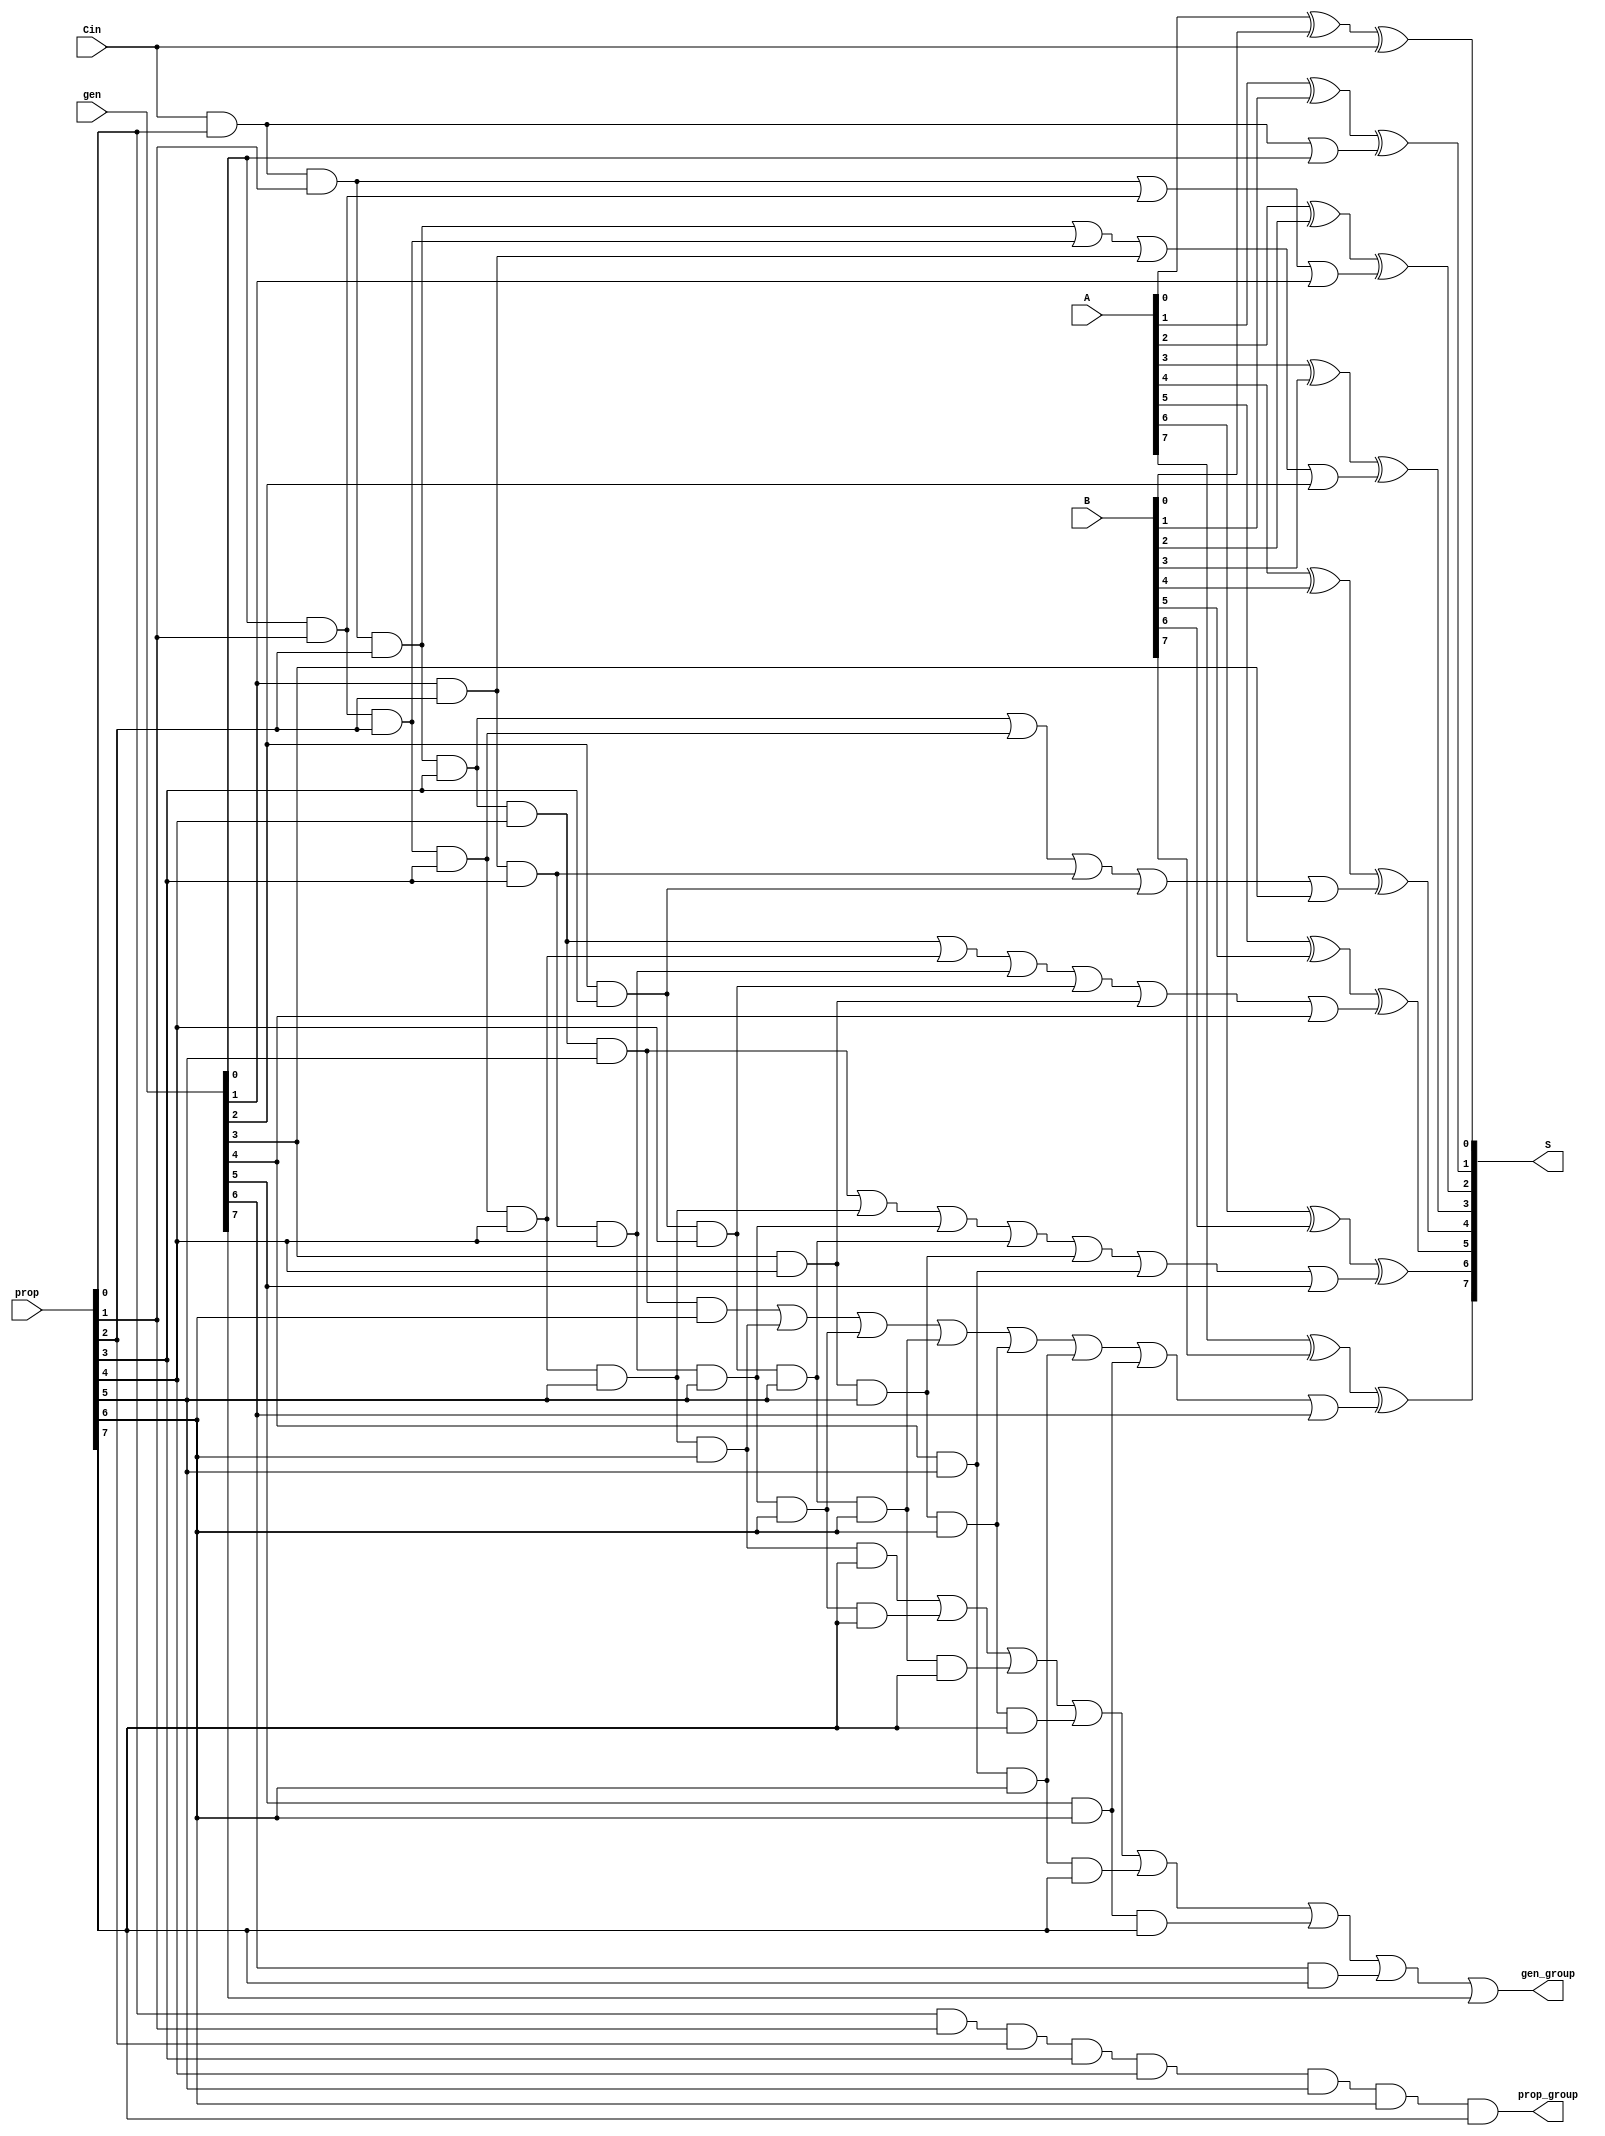
//Delete the carry out
module CLA_8(
    input [7:0]A, 
    input [7:0] B, 
    input Cin,
    input [7:0] gen, 
    input [7:0] prop, 
    output [7:0] S,
    output prop_group,
    output gen_group
);
    
    wire [8:0] carries;
    assign carries[0] = Cin;

    //============
    // XOR Gates
    //============

    genvar c;
    generate
        for(c=0; c<8; c = c+1)begin
            xor fa(S[c], A[c], B[c], carries[c]);
        end
    endgenerate

    //========
    // Carries
    //========

    //Carry 1
    wire w1;
    and and_1_1(w1, carries[0], prop[0]);
    or or_1(carries[1], w1, gen[0]);

    //Carry 2
    wire w2, w3;
    and and_2_1(w2, carries[0], prop[0], prop[1]);
    and and_2_2(w3, gen[0], prop[1]);
    or or_2(carries[2], w2, w3, gen[1]);

    //Carry 3
    wire w4, w5, w6;
    and and_3_1(w4, carries[0], prop[0], prop[1], prop[2]);
    and and_3_2(w5, gen[0], prop[1], prop[2]);
    and and_3_3(w6, gen[1], prop[2]);
    or or_3(carries[3], w4,w5,w6, gen[2]);

    //Carry 4 
    wire w7, w8, w9, w10;
    and and_4_1(w7, carries[0], prop[0], prop[1], prop[2], prop[3]);
    and and_4_2(w8, gen[0], prop[1], prop[2], prop[3]);
    and and_4_3(w9, gen[1], prop[2], prop[3]);
    and and_4_4(w10, gen[2], prop[3]);
    or or_4(carries[4], w7, w8, w9, w10, gen[3]);

    //Carry 5
    wire w11, w12, w13, w14, w15;
    and and_5_1(w11, carries[0], prop[0], prop[1], prop[2], prop[3], prop[4]);
    and and_5_2(w12, gen[0], prop[1], prop[2], prop[3], prop[4]);
    and and_5_3(w13, gen[1], prop[2], prop[3], prop[4]);
    and and_5_4(w14, gen[2], prop[3], prop[4]);
    and and_5_5(w15, gen[3], prop[4]);
    or or_5(carries[5], w11, w12, w13, w14, w15, gen[4]);

    //Carry 6
    wire w16, w17, w18, w19, w20, w21;
    and and_6_1(w16, carries[0], prop[0], prop[1], prop[2], prop[3], prop[4], prop[5]);
    and and_6_2(w17, gen[0], prop[1], prop[2], prop[3], prop[4], prop[5]);
    and and_6_3(w18, gen[1], prop[2], prop[3], prop[4], prop[5]);
    and and_6_4(w19, gen[2], prop[3], prop[4], prop[5]);
    and and_6_5(w20, gen[3], prop[4], prop[5]);
    and and_6_6(w21, gen[4], prop[5]);
    or or_6(carries[6], w16, w17, w18, w19, w20, w21, gen[5]);

    //Carry 7
    wire w22, w23, w24, w25, w26, w27, w28;
    and and_7_1(w22, carries[0], prop[0], prop[1], prop[2], prop[3], prop[4], prop[5], prop[6]);
    and and_7_2(w23, gen[0], prop[1], prop[2], prop[3], prop[4], prop[5], prop[6]);
    and and_7_3(w24, gen[1], prop[2], prop[3], prop[4], prop[5], prop[6]);
    and and_7_4(w25, gen[2], prop[3], prop[4], prop[5], prop[6]);
    and and_7_5(w26, gen[3], prop[4], prop[5], prop[6]);
    and and_7_6(w27, gen[4], prop[5], prop[6]);
    and and_7_7(w28, gen[5], prop[6]);
    or or_7(carries[7], w22, w23, w24, w25, w26, w27, w28, gen[6]);

    //=============================
    // Group generate and propogate
    //=============================

    wire w29, w30, w31, w32, w33, w34, w35, w36;
    and and_8_2(w29, gen[0], prop[1], prop[2], prop[3], prop[4], prop[5], prop[6], prop[7]);
    and and_8_3(w30, gen[1], prop[2], prop[3], prop[4], prop[5], prop[6], prop[7]);
    and and_8_4(w31, gen[2], prop[3], prop[4], prop[5], prop[6], prop[7]);
    and and_8_5(w32, gen[3], prop[4], prop[5], prop[6], prop[7]);
    and and_8_6(w33, gen[4], prop[5], prop[6], prop[7]);
    and and_8_7(w34, gen[5], prop[6], prop[7]);
    and and_8_8(w35, gen[6], prop[7]);
    or or_8(gen_group, w29, w30, w31, w32, w33, w34, w35, gen[7]);
    and and_8(prop_group, prop[0], prop[1], prop[2], prop[3], prop[4], prop[5], prop[6], prop[7]);

endmodule